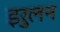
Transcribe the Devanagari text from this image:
इरुलन